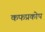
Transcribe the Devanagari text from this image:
कफप्रकोप